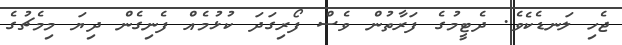
ޖެހި ލަނޑެކެވެ. ދެޓީމުގެ ފަރާތުން ވެސް ފޯރިގަދަ ކުޅުމެއް ފެނިގެން ދިޔަ މިމެޗުގެ